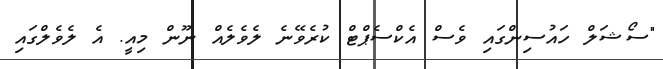
"ސޯޝަލް ހައުސިންގައި ވެސް އެކްސެޕްޓް ކުރެވޭނެ ލެވެލެއް ނޫން މިއީ. އެ ލެވެލްގައި